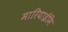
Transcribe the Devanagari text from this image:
मारियाईमि